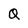
Character: Q